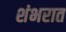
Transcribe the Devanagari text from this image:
शंभरात